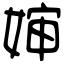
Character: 婶